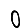
Digit: 0